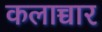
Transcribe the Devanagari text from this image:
कलाच्चार